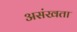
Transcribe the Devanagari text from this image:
असंखता